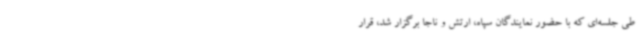
طی جلسه‌ای که با حضور نمایندگان سپاه، ارتش و ناجا برگزار شد، قرار